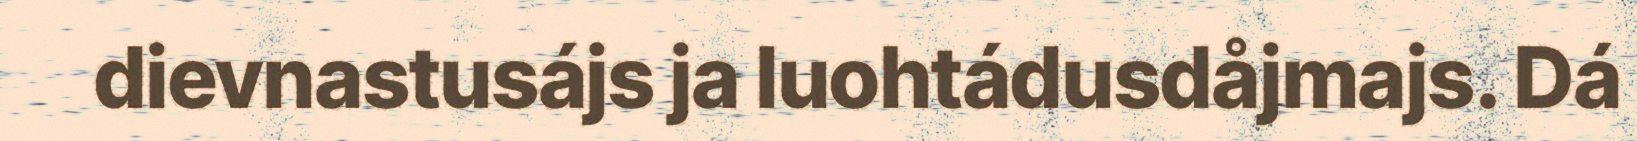
dievnastusájs ja luohtádusdåjmajs. Dá